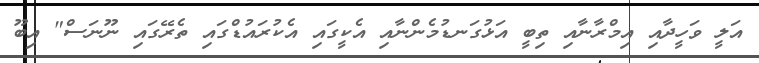
އަލީ ވަހީދާއި އިމްރާނާއި ތިބީ އަޅުގަނޑުމެންނާއި އެކީގައި އެކުރައުޑްގައި ތެރޭގައި ނޫނަސް" އިބޫ